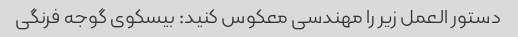
دستور العمل زیر را مهندسی معکوس کنید: بیسکوی گوجه فرنگی